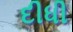
દીધી